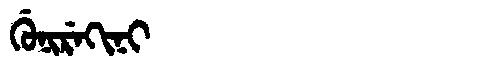
Manchu: ᡤᡠᠨᡳᡵᡝᡴᡳᠨᡳ
Romanization: GUNIREKINI